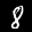
Label: 8